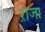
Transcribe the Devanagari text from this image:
ऱाजा